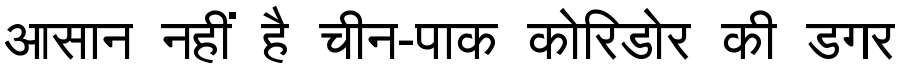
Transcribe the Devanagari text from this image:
आसान नहीं है चीन-पाक कोरिडोर की डगर